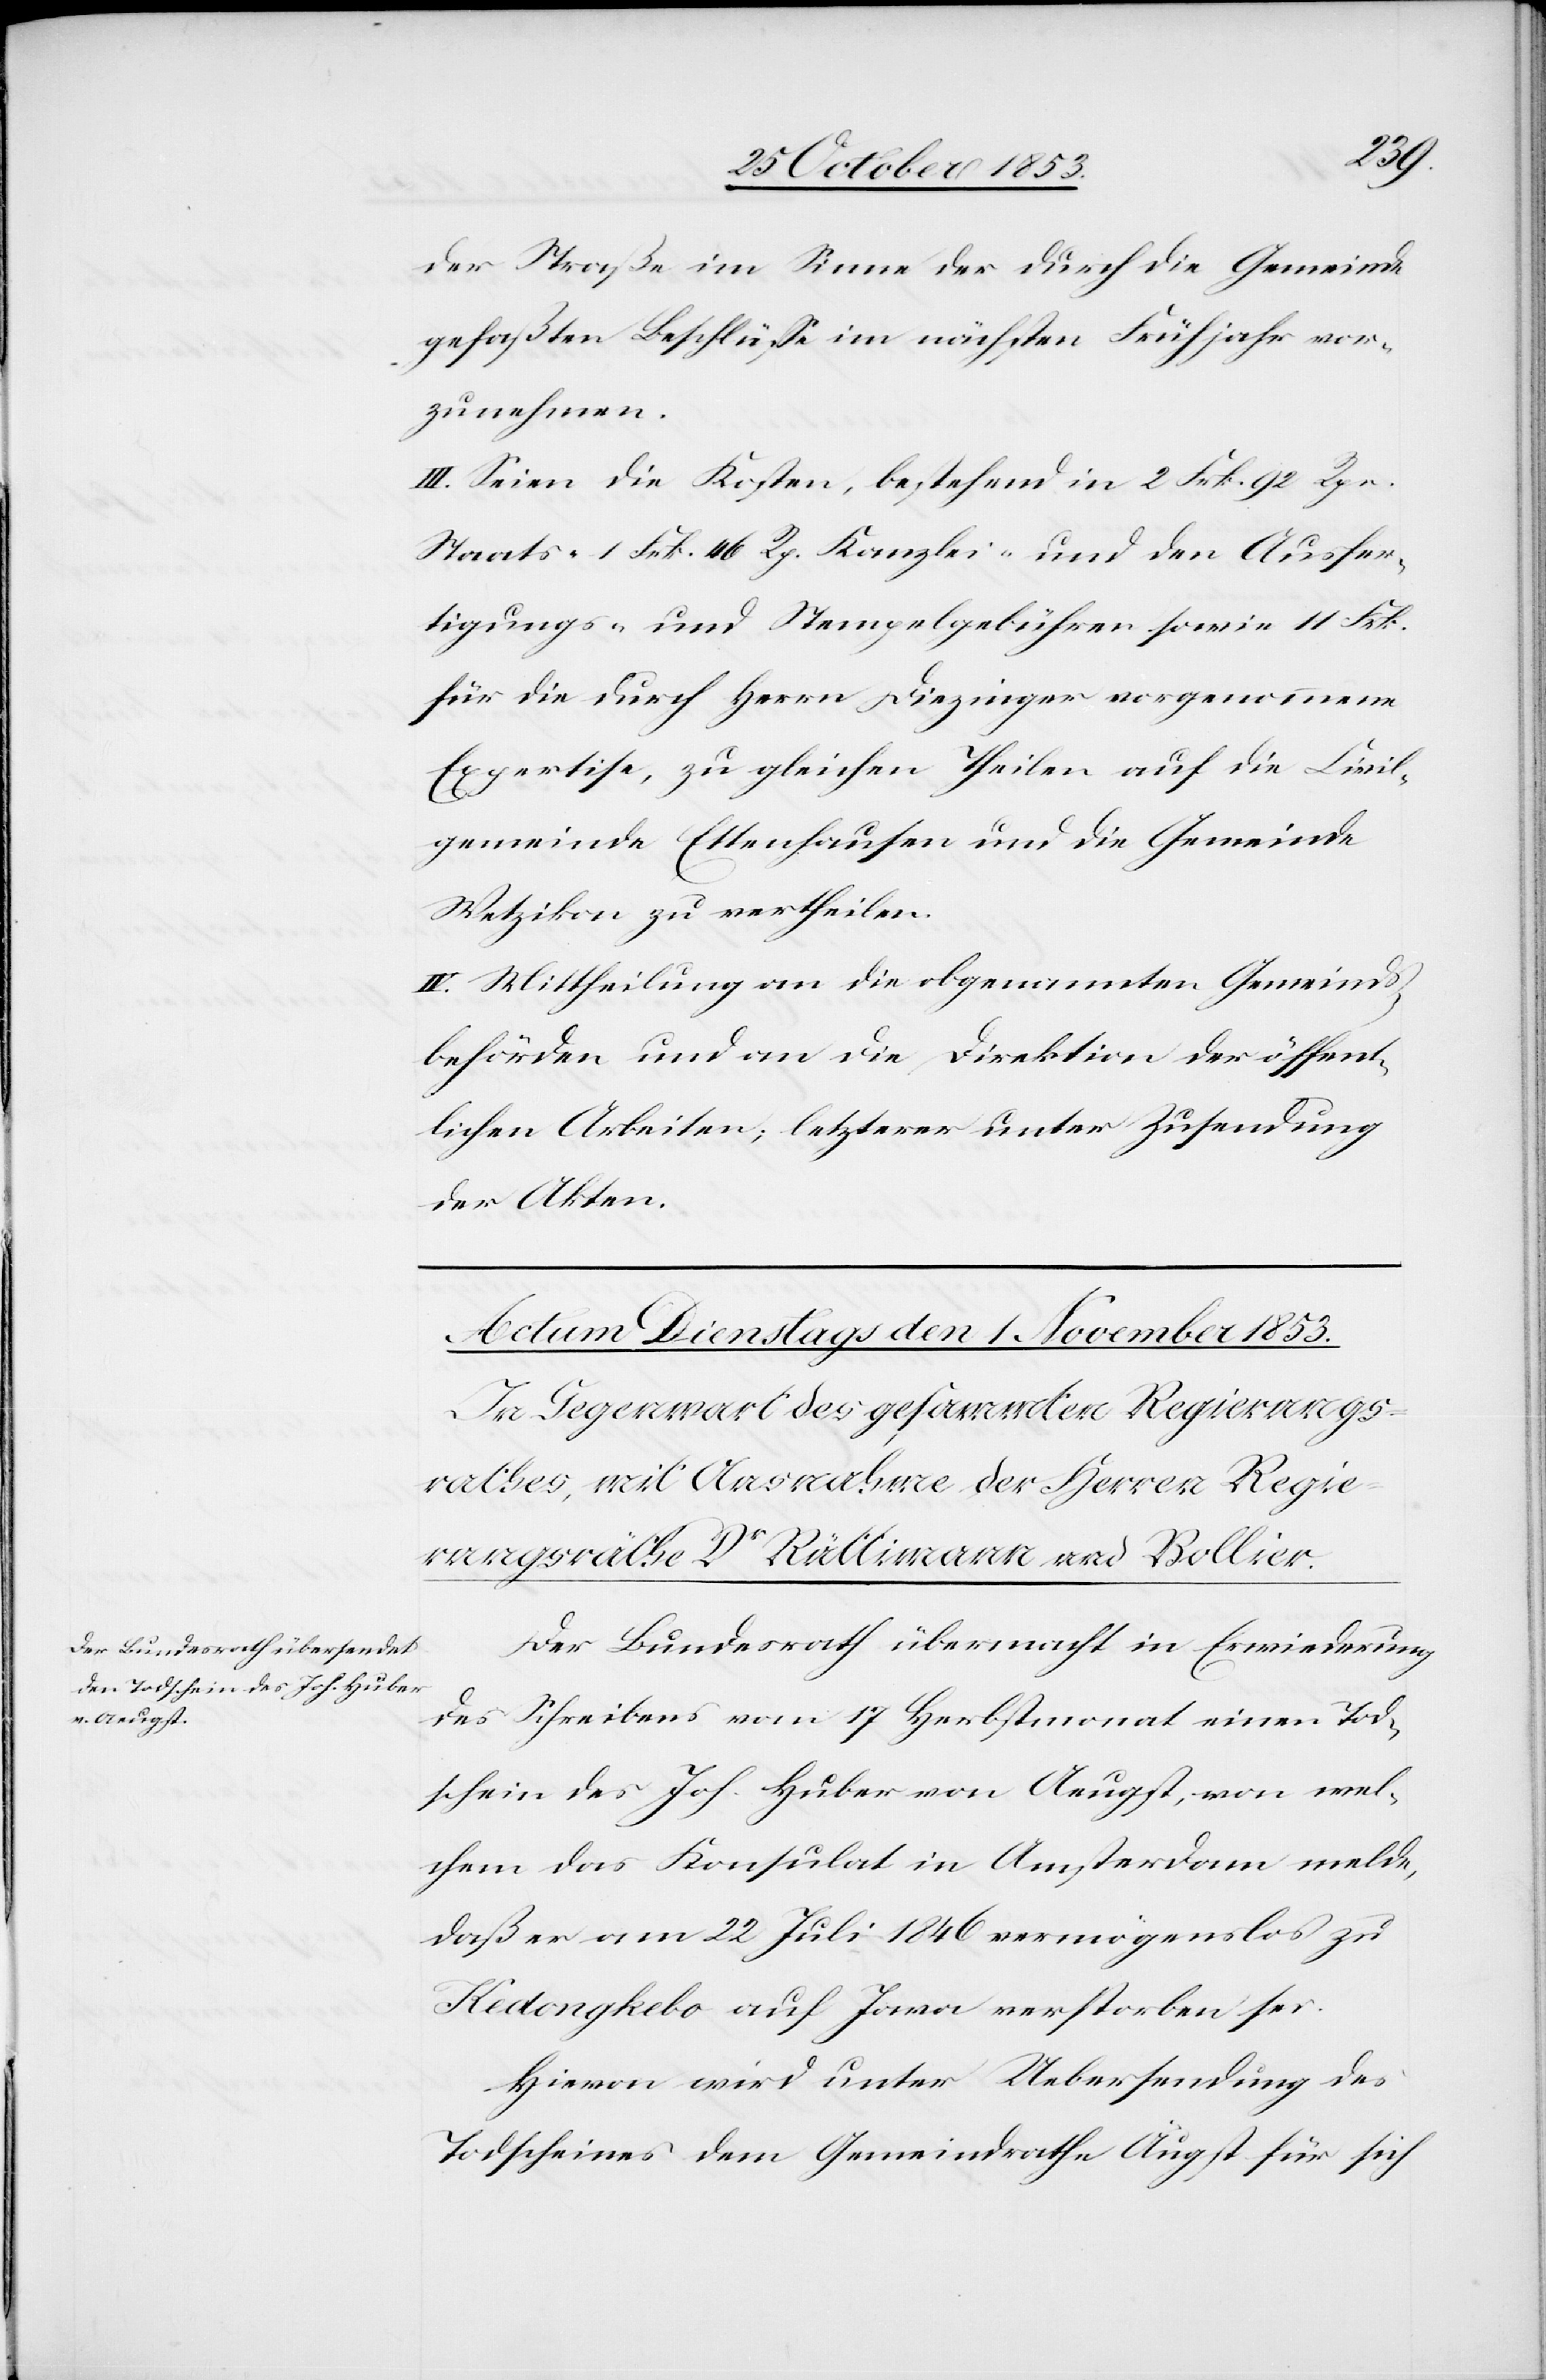
der im Sinne der durch die Gemeinde
gefaßten Beschlüße im nächsten Frühjahr vor¬
zunehmen.
III. Seien die Kosten, bestehend in 2 Frk. 92 Rpn.
Staats- 1 Frk. 46 Rp. Kanzlei- und den Ausfer¬
tigungs- u. Stempelgebühren sowie 11 Frk.
für die durch Herrn Diezinger vorgenommene
Expertise, zu gleichen Theilen auf die Civil¬
gemeinde Ettenhausen und die Gemeinde
Wetzikon zu vertheilen.
IV. Mittheilung an die obgenannten Gemeinds¬
behörden und an die Direktion der öffent¬
lichen Arbeiten; letzterer unter Zusendung
der Akten.
Der Bundesrath übermacht in Erwiederung
des Schreibens vom 17 Herbstmonat einen Tod¬
schein des Joh. Huber von Aeugst, von wel¬
chem das Konsulat in Amsterdam melde,
daß er am 22 Juli 1846 vermögenslos zu
Kedongkebo auf Java verstorben sei.
Hievon wird unter Uebersendung des
Todscheines dem Gemeindrathe Augst für sich